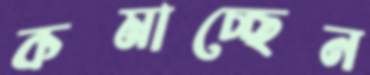
কমাচ্ছেন